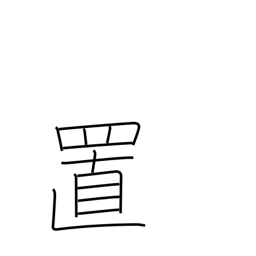
Meaning: placement